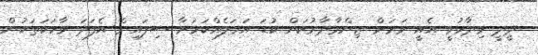
ދީދީ ވިދާޅުވީ އެއީ ވަރަށް ޒިންމާދާރުކަން ކުޑަ އަމަލެއްކަމަށާ ސިފައިން އެފަދަ ވާހަކަތަކުން